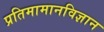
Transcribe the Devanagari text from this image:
प्रतिमामानविज्ञान